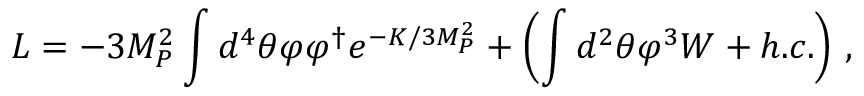
{ \cal L } = - 3 M _ { P } ^ { 2 } \int d ^ { 4 } \theta \varphi \varphi ^ { \dagger } e ^ { - K / 3 M _ { P } ^ { 2 } } + \left( \int d ^ { 2 } \theta \varphi ^ { 3 } W + h . c . \right) \, ,